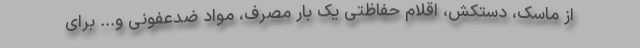
از ماسک، دستکش، اقلام حفاظتی یک بار مصرف، مواد ضدعفونی و... برای